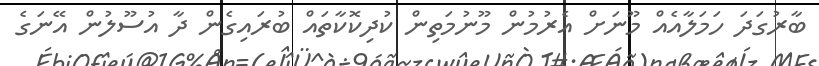
ބާރުގަދަ ހަމަލާއެއް މޫނަށް އެރުމުން މޫނުމަތިން ކުދިކޮކާތައް ބުރައިގެން ދާ އުސޫލުން އޭނަގެ